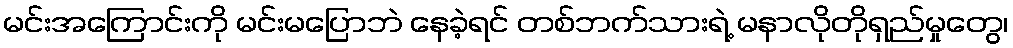
မင်းအကြောင်းကို မင်းမပြောဘဲ နေခဲ့ရင် တစ်ဘက်သားရဲ့ မနာလိုတိုရှည်မှုတွေ၊